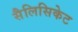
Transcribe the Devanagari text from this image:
सैलिसिकेट